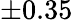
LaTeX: \pm 0.35